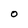
Character: O